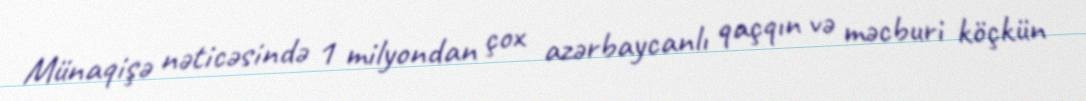
Münaqişə nəticəsində 1 milyondan çox azərbaycanlı qaçqın və məcburi köçkün